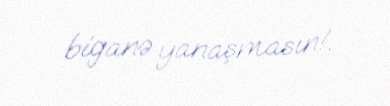
biganə yanaşmasın!.